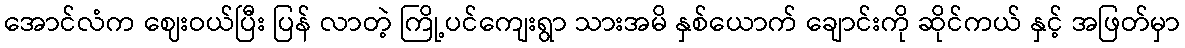
အောင်လံက ဈေးဝယ်ပြီး ပြန် လာတဲ့ ကြို့ပင်ကျေးရွာ သားအမိ နှစ်ယောက် ချောင်းကို ဆိုင်ကယ် နှင့် အဖြတ်မှာ